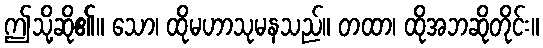
ဤသို့ဆို၏။ သော၊ ထိုမဟာသုမနသည်။ တထာ၊ ထိုအဘဆိုတိုင်း။